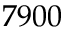
7 9 0 0